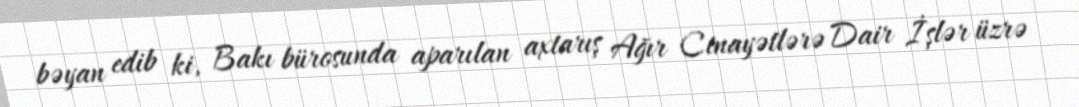
bəyan edib ki, Bakı bürosunda aparılan axtarış Ağır Cinayətlərə Dair İşlər üzrə